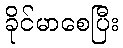
ခိုင်မာစေပြီး